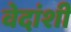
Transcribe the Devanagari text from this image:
वेदांशी